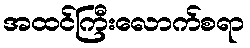
အထင်ကြီးလောက်စရာ